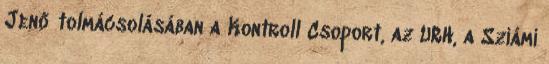
Jenő tolmácsolásában a Kontroll Csoport, az URH, a Sziámi